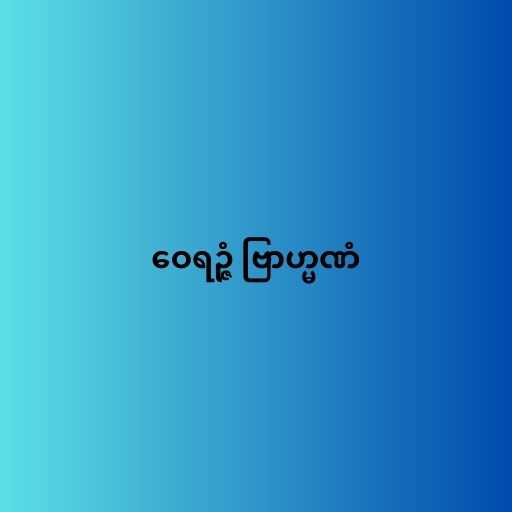
ဝေရဉ္ဇံ ဗြာဟ္မဏံ